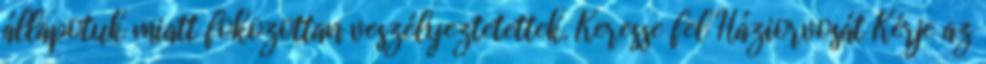
állapotuk miatt fokozottan veszélyeztetettek. Keresse fel Háziorvosát Kérje az